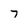
Character: 7